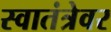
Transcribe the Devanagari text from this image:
स्वातंत्रेवर